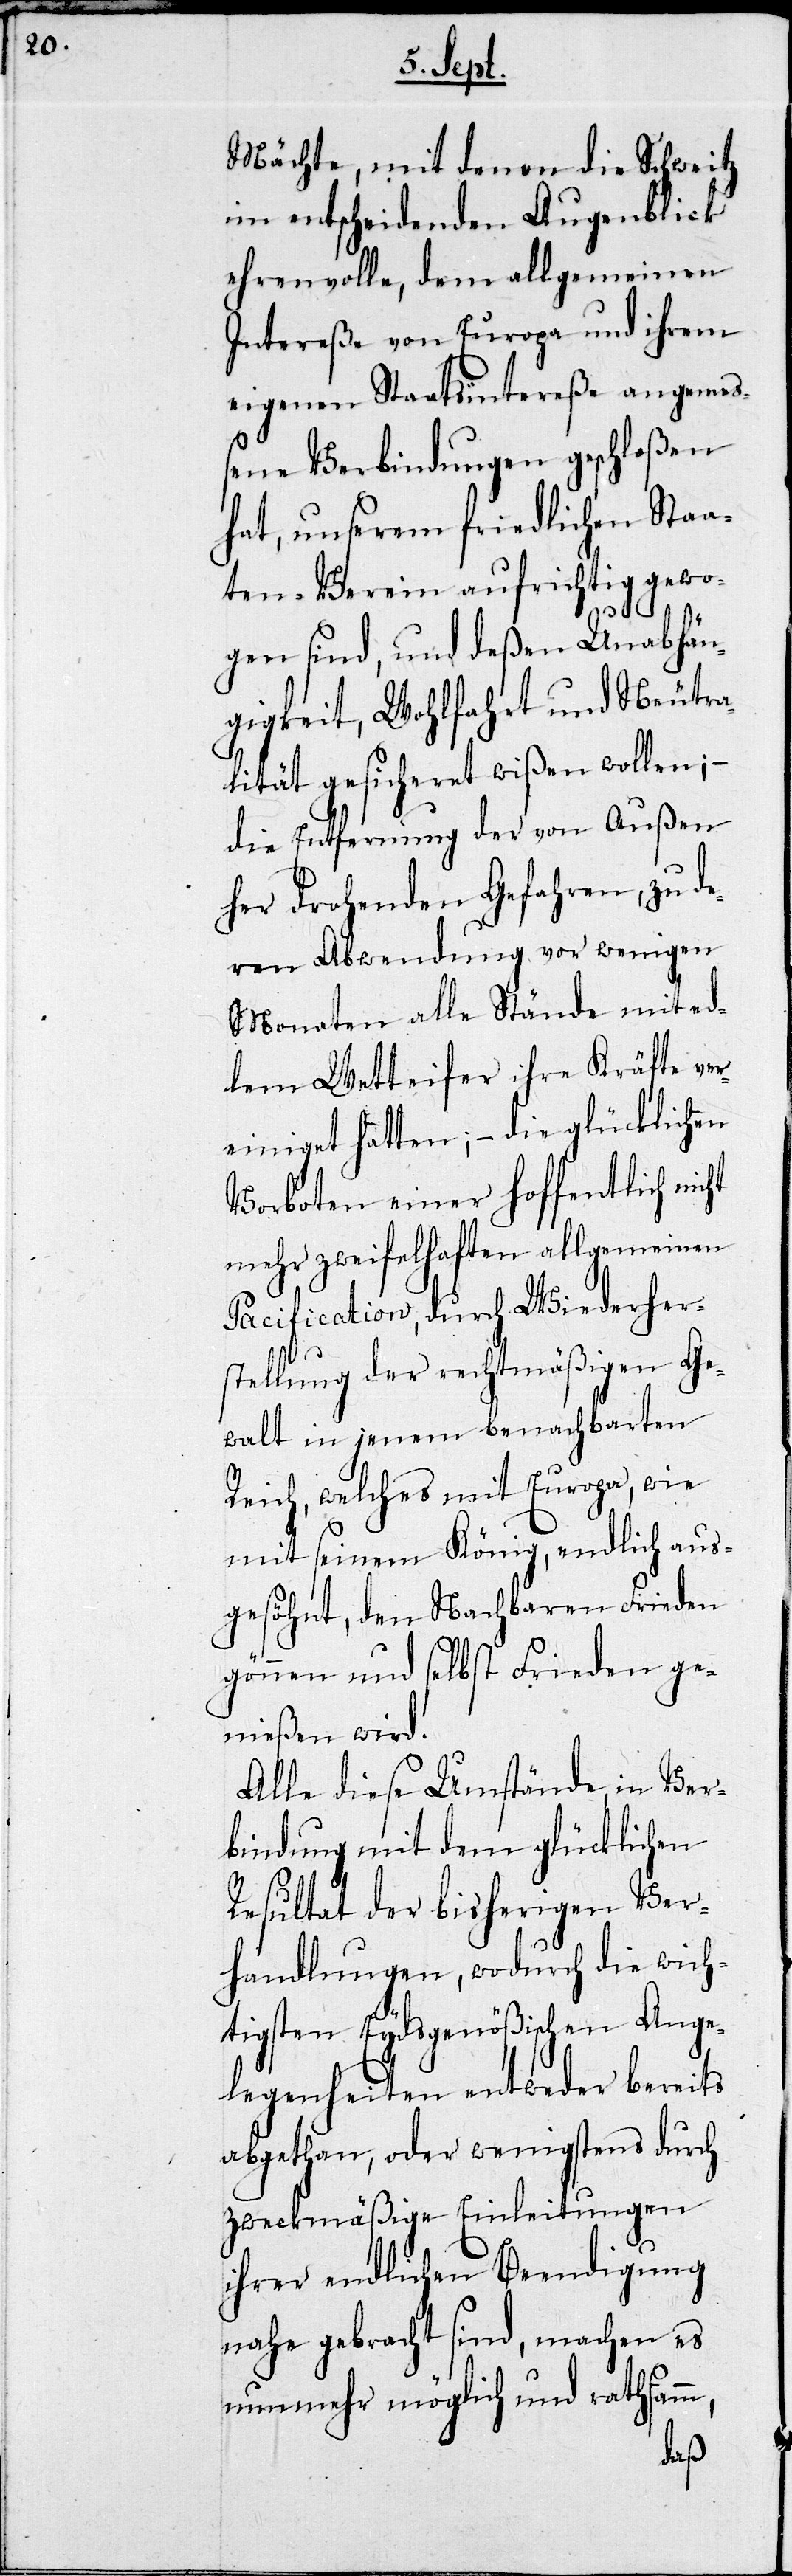
Mächte, mit denen die Schweitz
im entscheidenden Augenblick
ehrenvolle, dem allgemeinen
Intereße von Europa und ihrem
eigenen Staatsintereße angemeß¬
ene Verbindungen geschloßen
hat, unserem friedlichen Staa¬
ten-Verein aufrichtig gewo¬
gen sind, und deßen Unabhän¬
gigkeit, Wohlfahrt und Neutra¬
lität gesichert wißen wollen;
die Entfernung der von außen
her drohenden Gefahren, zu de¬
ren Abwendung vor wenigen
Monaten alle Stände mit ed¬
lem Wetteifer ihre Kräfte ve¬
reinigt hatten; – die glücklichen
Vorboten einer hoffentlich nicht
mehr zweifelhaften glücklichen
Pacification, durch Wiederher¬
stellung der rechtmäßigen Ge¬
walt in jenem benachbarten
Reich, welches mit Europa, wie
mit seinem König, endlich aus¬
gesöhnt, den Nachbaren Frieden
gönnen und selbst Frieden ge¬
nießen wird.
Alle diese Umstände in Ver¬
bindung mit dem glücklichen
Resultat der bisherigen Ver¬
handlungen, wodurch die wich¬
tigsten Eydsgenößischen Ange¬
legenheiten entweder bereits
abgethan, oder wenigstens durch
zweckmäßige Einleitungen
ihrer endlichen Beendigung
nahe gebracht sind, machen es
nunmehr möglich und rathsamm,